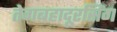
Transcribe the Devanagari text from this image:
तेगबहादूरसिंग